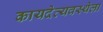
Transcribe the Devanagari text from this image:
कायदेव्यवस्थेला